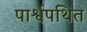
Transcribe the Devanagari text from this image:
पार्श्वपथित